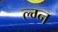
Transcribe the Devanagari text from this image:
ल्ग्न